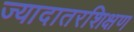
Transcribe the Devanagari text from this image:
ज्यादातरशिक्षण